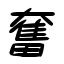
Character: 奮